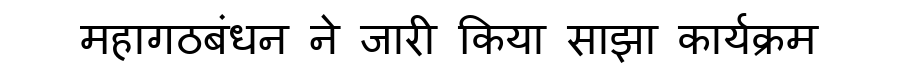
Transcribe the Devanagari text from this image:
महागठबंधन ने जारी किया साझा कार्यक्रम